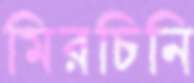
মিরচিনি